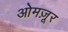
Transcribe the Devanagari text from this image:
ओमज़ूर